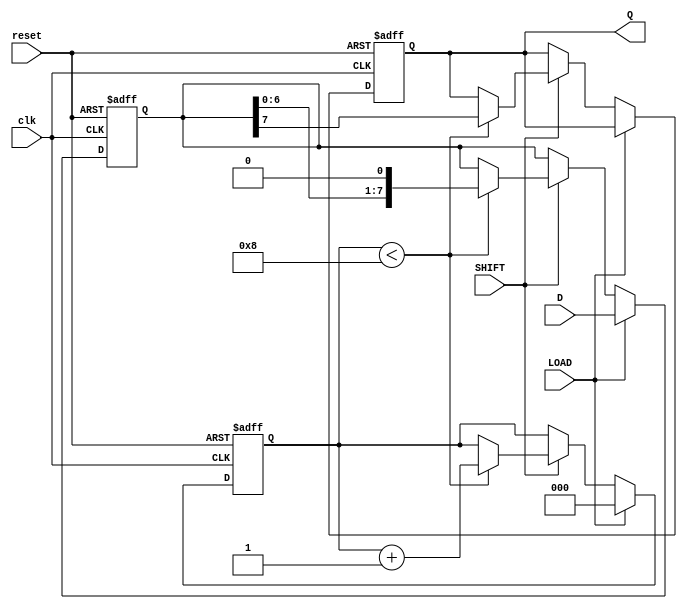
module TwoStagePISO (
    input wire clk,         // Clock input
    input wire reset,       // Reset signal
    input wire LOAD,        // Load control signal
    input wire SHIFT,       // Shift control signal
    input wire [7:0] D,     // Parallel data input
    output reg Q           // Serial output
);

    // Internal registers for storing data
    reg [7:0] input_reg;    // Input stage register
    reg [7:0] output_reg;   // Output stage register
    reg [2:0] bit_index;    // A counter to track the shifting index

    // Sequential logic for loading and shifting
    always @(posedge clk or posedge reset) begin
        if (reset) begin
            // Reset all registers and the bit index
            input_reg <= 8'b0;
            output_reg <= 8'b0;
            Q <= 1'b0;
            bit_index <= 3'b0;
        end else begin
            if (LOAD) begin
                // Load the data into the input stage
                input_reg <= D;
                output_reg <= D; // also load into output stage
                bit_index <= 3'b0; // Reset bit index on load
            end else if (SHIFT) begin
                // Shift data out serially
                if (bit_index < 8) begin
                    Q <= output_reg[7]; // Output the MSB of the output stage
                    output_reg <= {output_reg[6:0], 1'b0}; // Shift left
                    bit_index <= bit_index + 1; // Increment the bit index
                end
            end
        end
    end
endmodule